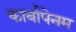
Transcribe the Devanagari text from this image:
कार्बापेनम